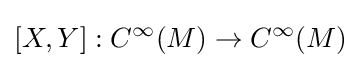
[X,Y]:C^{\infty }(M)\rightarrow C^{\infty }(M)